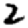
Digit: 2